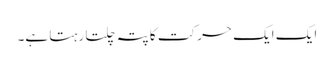
ایک ایک حرکت کا پتہ چلتا رہتا ہے۔